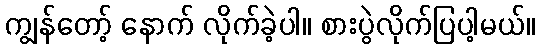
ကျွန်တော့် နောက် လိုက်ခဲ့ပါ။ စားပွဲလိုက်ပြပါ့မယ်။